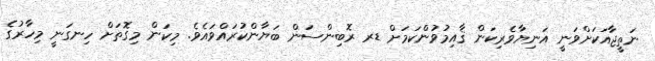
ނަތީޖާއަކަށްވަނީ އަނިޔާވެރިކަން ޤާއިމުވުންކަމަށް ޑރ ރޮބިންސަން ބަޔާންކުރައްވައެވެ. މިކަން މިގޮތަށް ހިނގަނީ މިހާރުގެ